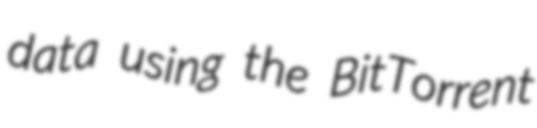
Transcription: data using the BitTorrent